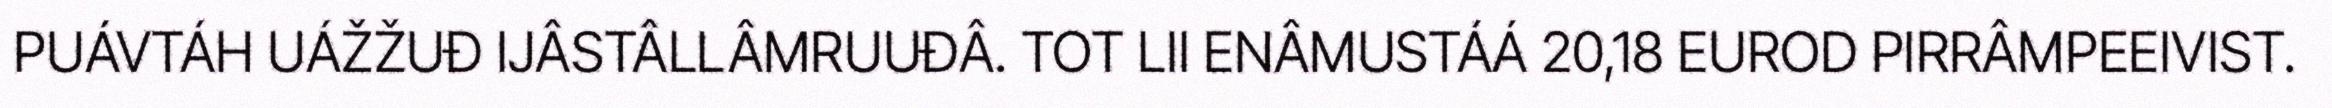
PUÁVTÁH UÁŽŽUĐ IJÂSTÂLLÂMRUUĐÂ. TOT LII ENÂMUSTÁÁ 20,18 EUROD PIRRÂMPEEIVIST.